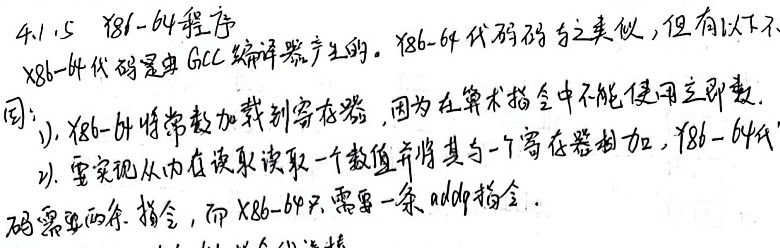
4.1.5 x86 - 64程序

x86 - 64代码是由GCC编译器产生的。x86 - 64代码与之类似，但有以下不同：
1). x86 - 64将常数加载到寄存器，因为在算术指令中不能使用立即数。
2). 要实现从内存读取一个数值并将其与一个寄存器相加，x86 - 64代码需要两条指令，而x86 - 64只需要一条`addq`指令。